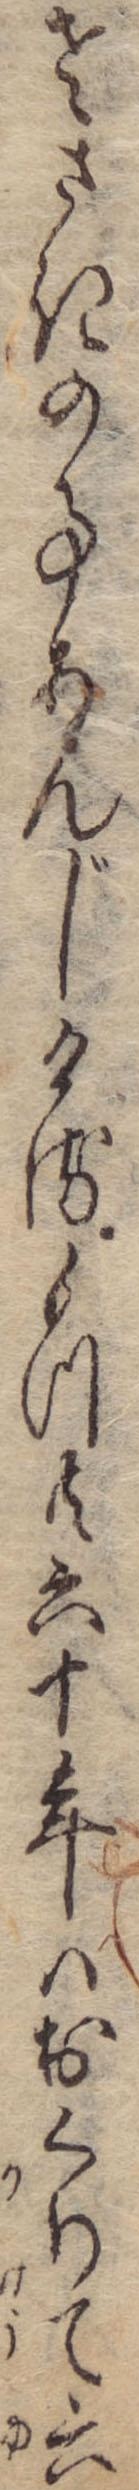
老さきの事あんじけるもつ共六十年はおくりて六